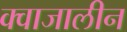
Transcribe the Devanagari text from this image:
क्वाजालीन